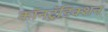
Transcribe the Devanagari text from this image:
कॉनट्रॅडिक्शन